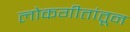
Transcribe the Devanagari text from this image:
लोकगीतांतून